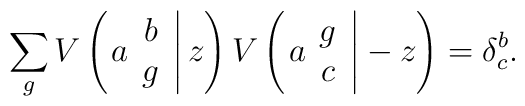
\sum_g V\left( \left. a \begin{array}{c} b \\ g \end{array} \right| z \right)V\left( \left. a \begin{array}{c} g \\ c \end{array} \right| -z \right)=\delta_c^b .